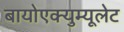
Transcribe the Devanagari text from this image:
बायोएक्युम्यूलेट